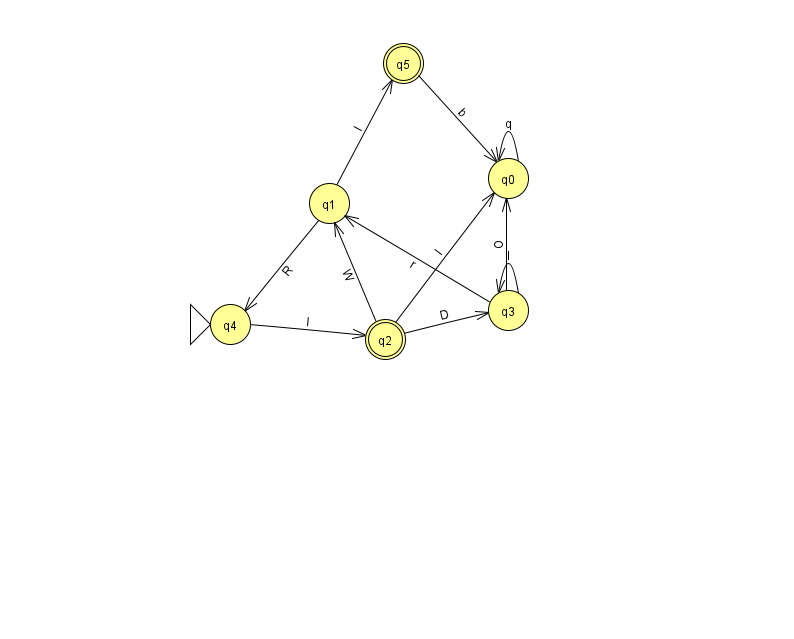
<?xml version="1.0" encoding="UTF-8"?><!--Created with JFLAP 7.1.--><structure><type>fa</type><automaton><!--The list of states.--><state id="0" name="q0"><x>508.0</x><y>165.0</y></state><state id="1" name="q1"><x>329.0</x><y>190.0</y></state><state id="2" name="q2"><x>385.0</x><y>326.0</y><final/></state><state id="3" name="q3"><x>508.0</x><y>297.0</y></state><state id="4" name="q4"><x>230.0</x><y>311.0</y><initial/></state><state id="5" name="q5"><x>403.0</x><y>50.0</y><final/></state><!--The list of transitions.--><transition><from>0</from><to>0</to><read>q</read></transition><transition><from>2</from><to>1</to><read>W</read></transition><transition><from>2</from><to>3</to><read>D</read></transition><transition><from>3</from><to>1</to><read>r</read></transition><transition><from>5</from><to>0</to><read>b</read></transition><transition><from>1</from><to>4</to><read>R</read></transition><transition><from>1</from><to>5</to><read>I</read></transition><transition><from>2</from><to>0</to><read>l</read></transition><transition><from>3</from><to>3</to><read>l</read></transition><transition><from>3</from><to>0</to><read>O</read></transition><transition><from>4</from><to>2</to><read>l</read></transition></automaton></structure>